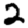
Digit: 2